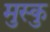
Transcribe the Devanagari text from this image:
मुस्कु